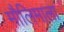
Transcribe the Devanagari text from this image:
मौलिमाला